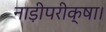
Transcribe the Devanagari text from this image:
नाड़ीपरीक्षा।